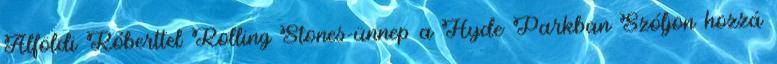
Alföldi Róberttel Rolling Stones-ünnep a Hyde Parkban Szóljon hozzá